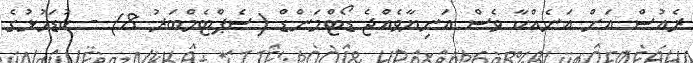
ރެއުސް އަށް އަނެއްކާ ވެސް އަނިޔާވެއްޖެ ޑޯޓްމަންޑް (ސެޕްޓެމްބަރު 8) - ކުޑަހުޅުގެ